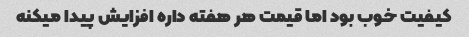
کیفیت خوب بود اما قیمت هر هفته داره افزایش پیدا میکنه